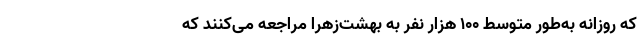
که روزانه به‌طور متوسط ۱۰۰ هزار نفر به بهشت‌زهرا مراجعه می‌کنند که